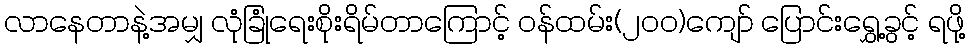
လာနေတာနဲ့အမျှ လုံခြုံရေးစိုးရိမ်တာကြောင့် ဝန်ထမ်း(၂၀၀)ကျော် ပြောင်းရွှေ့ခွင့် ရဖို့